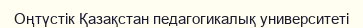
Оңтүстік Қазақстан педагогикалық университеті